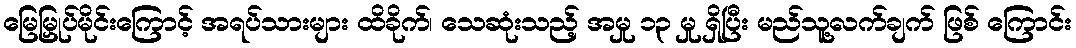
မြေမြှုပ်မိုင်းကြောင့် အရပ်သားများ ထိခိုက်၊ သေဆုံးသည့် အမှု ၁၃ မှု ရှိပြီး မည်သူ့လက်ချက် ဖြစ် ကြောင်း